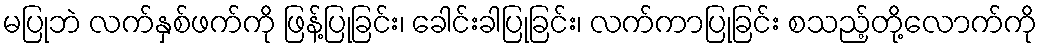
မပြုဘဲ လက်နှစ်ဖက်ကို ဖြန့်ပြုခြင်း၊ ခေါင်းခါပြုခြင်း၊ လက်ကာပြုခြင်း စသည့်တို့လောက်ကို